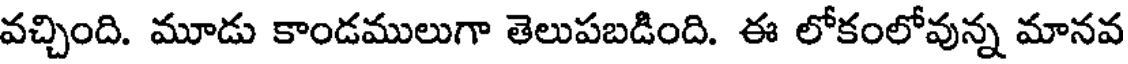
వచ్చింది. మూడు కాండములుగా తెలుపబడింది. ఈ లోకంలోవున్న మానవ